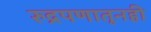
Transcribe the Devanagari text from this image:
रुद्रपणातूनही